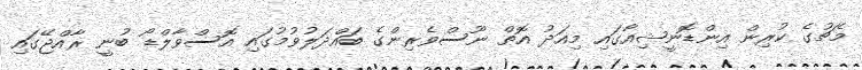
މެޗުގެ ކުރިން އިންޑޮނީޝިއާގައި މިއަދު އޮތް ނޫސްވެރިންގެ ބައްދަލުވުމުގައި އޮސްވާލްޑޯ ބުނީ ރާއްޖޭގައި